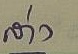
ล่าง